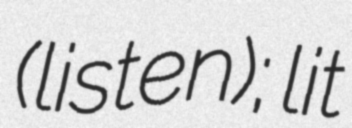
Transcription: (listen); lit